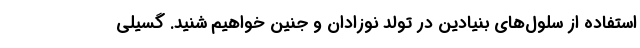
استفاده از سلول‌های بنیادین در تولد نوزادان و جنین خواهیم شنید. گسیلی